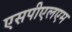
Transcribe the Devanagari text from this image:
एसपीएलएम